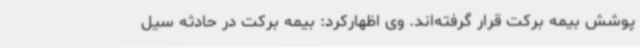
پوشش بیمه برکت قرار گرفته‌اند. وی اظهارکرد: بیمه برکت در حادثه سیل